Vaccine operations Central Provinces 1886-1899 - 1886-1899
Year: 1886
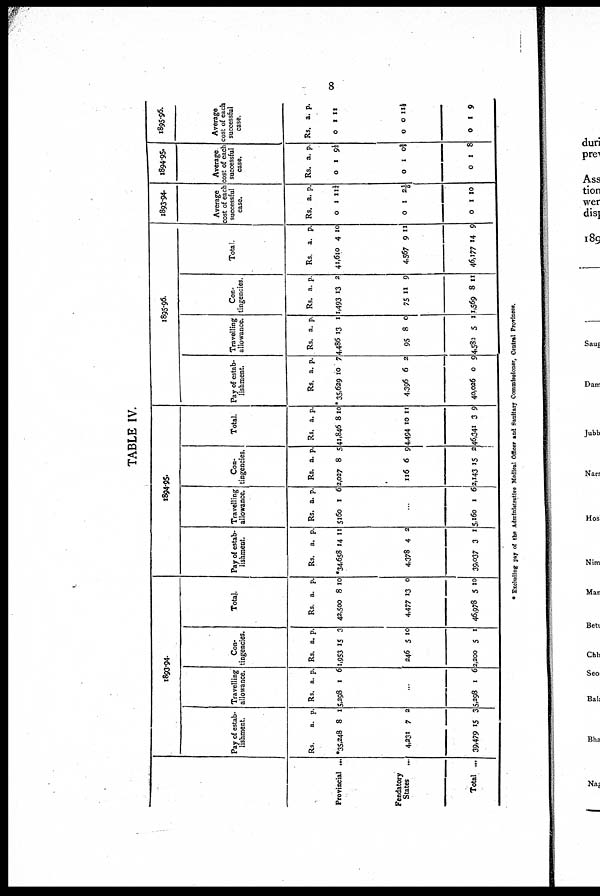
8
TABLE IV.
Provincial ...
Fendatory
States
...
Total ...
1893-94
Pay of estab-
lishment.
Rs.
*35,248
4,231
39,479
a.
8
7
15
p.
1
2
3
Travelling
allowance.
Rs.
5,298
a.
1
p.
6
...
5,298 1 6
Con-
tingencies.
Rs.
1,953
246
2,200
a.
15
5
5
p.
3
10
1
Total.
Rs.
42,500
4,477
46,978
a.
8
13
5
p.
10
0
10
1894-95.
Pay of estab-
lishment.
Rs.
*34,658
4,378
39,037
a.
14
4
3
p.
11
2
1
Travelling
allowance.
Rs.
5160
a.
1
p.
6
...
5,160 1 6
Con-
tingencies.
Rs.
2,027
116
2,143
a.
8
6
15
p.
5
9
2
Total.
Rs.
41,846
4,494
46,341
a.
8
10
3
p.
10
11
9
1895-96.
Pay of estab-
lishment.
Rs.
*35,629
4,396
40,026
a.
10
6
0
p.
7
2
9
Travelling
allowance.
Rs.
4,486
95
4,583
a.
13
8
5
p.
1
0
1
Con-
tingencies.
Rs.
1,493
75
1,569
a.
13
11
8
p.
2
9
11
Total.
Rs.
41,610
4,567
46,177
a.
4
9
14
p.
10
11
9
1893-94.
Average
cost of each
successful
case.
Rs.
0
0
0
a.
1
1
1
p.
11¼
2 1/5
10
1894-95.
Average
cost of each
successful
case.
Rs.
0
0
0
a.
1
1
1
p.
9 1/3
0 ½
8
1895-96.
Average
cost of each
successful
case.
Rs.
0
0
0
a
1
0
1
p.
11
11½
9
* Excluding pay of the Administrative Medical Officer and Sanitary Commissioner, Central Provinces.